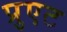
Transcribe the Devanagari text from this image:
प्रुएट